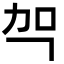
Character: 㔖